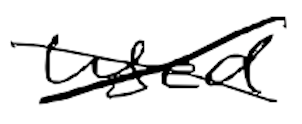
Text: used
Cross-out: cross
Writing tool: digital_black